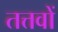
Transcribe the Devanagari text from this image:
तत्तवों